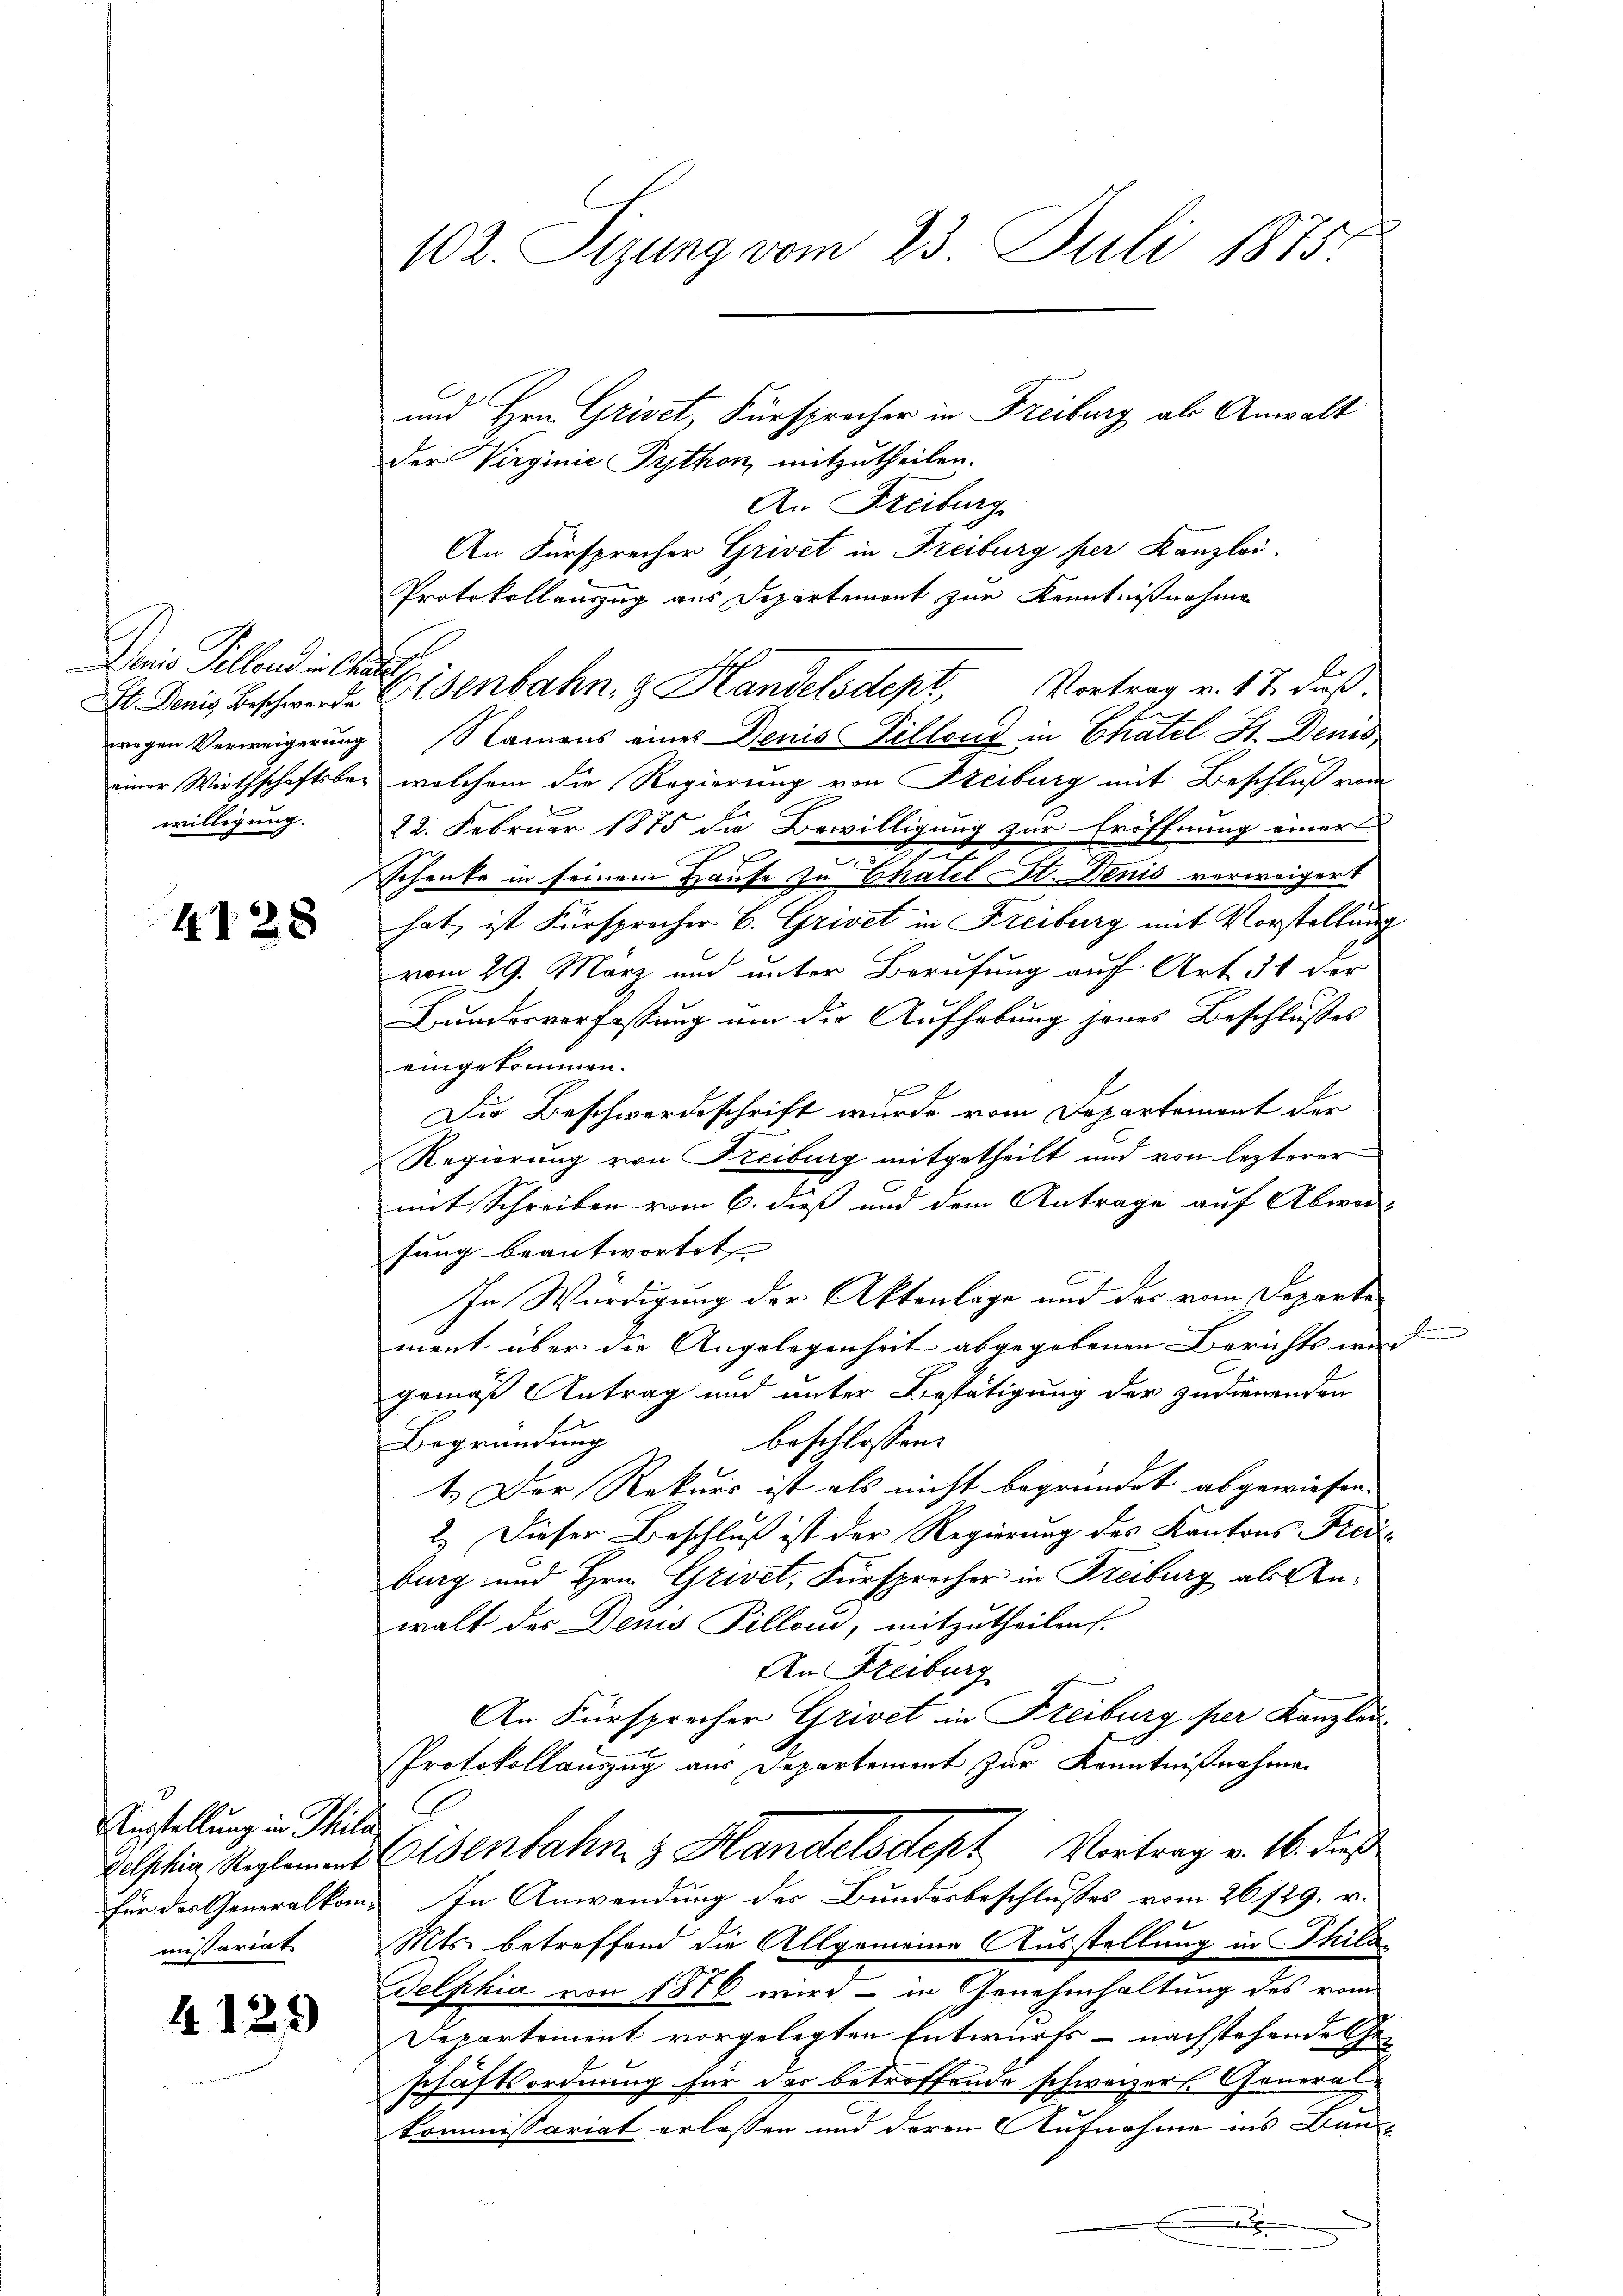
Denis Pillenden hat.
willigung.

4128

Aestellung in Phila
Delphia Reglement
mißariat

4129

102. Sizung vom 23. Juli 1875.

und Hrn. Griset, Fürsprocher in Freiburg als Anwalt
der Virginie Python, mitzutheilen.
An Freiburg
An Fürsprecher Grivet in Freiburg per Kanzlei.
Protokollauszug aus Departement zur Kenntnißnahme
wegen Verweigerung Namens eines Denis Villons in Chatel St. Denis
einer Wirthschaftsber welchem die Regierung von Freiburg mit Beschluß vom
d
22. Februar 1875 die Bewilligung zur Eröffnung einer
.
Schenke in seinem Hause zu Chatel St. Denis verweigert
hat, ist Fürsprecher B. Grivet in Freiburg mit Vorstellung
vom 29. März und unter Berufung auf Art. 51 der
Bundesverfassung um die Aufhebung jenes Beschlußes
eingekommen.
E
d
Die Beschwerdeschrift wurde vom Departement der
Regierung von Freiburg mitgetheilt und von lezterer
mit Schreiben vom 6. dieß und dem Antrage auf Abwar-
sung beantwortet |
In Würdigung der Aktenlage und des vom Departe
F
ment über die Angelegenheit abgegebenen Berichts wird
gemäß Antrag und unter Bestätigung der zudienenden
beschlossen:
Begründung
1.) Der Rekurs ist als nicht begründet abgewiesen.
2.) Dieser Beschluß ist der Regierung des Kantons Frei
burg und Hrn. Grivet, Fürsprocher in Freiburg als Anwalt des Demis Pillond, mitzutheilen.
An Freiburg
An Fürsprocher Grivet in Freiburg per Kanzlau
Protokollauszug aus Departement zur Kenntnißnahme
Eisenbahn & Handelsdept Vortrag v. 16. dieß
für das Generalkom- In Anwendung des Bundesbeschlußes vom 26. 129. v.
Mts. betreffend die Allgemeine Ausstellung in Phila¬
Delphia von 1876 wird – in Genehmhaltung des vom
Departement vorgelegten Entwurfs - nachstehende Geschäftsordnung für der betroffende schweizers Generalkommissariat erlassen und deren Aufnahme ins Ban
d
.

enbahn. Handelsdept, Vortrag v. 17. Fuß